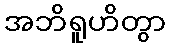
အဘိရူဟိတွာ